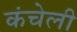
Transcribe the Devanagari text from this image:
कंचेली